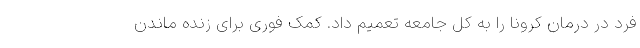
فرد در درمان کرونا را به کل جامعه تعمیم داد. کمک فوری برای زنده ماندن